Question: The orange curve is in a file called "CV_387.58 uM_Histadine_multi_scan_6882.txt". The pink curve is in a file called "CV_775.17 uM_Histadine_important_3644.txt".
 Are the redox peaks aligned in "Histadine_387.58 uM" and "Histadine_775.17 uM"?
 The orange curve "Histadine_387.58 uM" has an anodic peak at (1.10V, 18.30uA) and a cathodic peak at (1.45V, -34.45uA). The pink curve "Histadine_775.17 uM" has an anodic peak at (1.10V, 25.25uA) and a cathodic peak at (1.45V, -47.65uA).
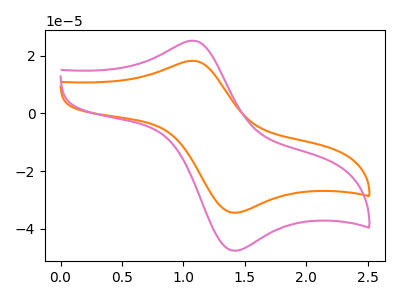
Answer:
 <answer>Yes, "Histadine_387.58 uM" have a peak in "Histadine_775.17 uM" at the same potential.</answer>
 <eval>match</eval>